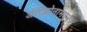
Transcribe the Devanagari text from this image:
अॅरिझोनामधुन